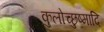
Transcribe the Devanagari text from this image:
कुलोच्छुष्मादि